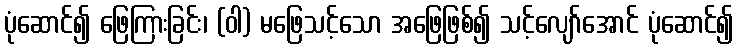
ပုံဆောင်၍ ဖြေကြားခြင်း၊ (ဝါ) မဖြေသင့်သော အဖြေဖြစ်၍ သင့်လျော်အောင် ပုံဆောင်၍